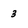
Character: 3